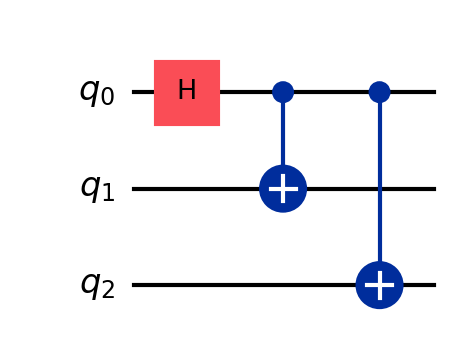
Description: GHZ state: 3-qubit maximally entangled state
描述: GHZ态：3量子比特最大纠缠态
Category: basic_gates (difficulty: basic)
Qubits: 3, circuit depth: 3

Braket implementation:
from braket.circuits import Circuit
circuit = Circuit().h(0).cnot(0, 1).cnot(0, 2)